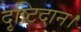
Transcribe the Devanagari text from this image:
दृष्टिदान।